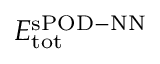
E _ { \mathrm { t o t } } ^ { \mathrm { s P O D - N N } }